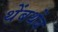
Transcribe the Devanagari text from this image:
थेंबथेंब